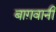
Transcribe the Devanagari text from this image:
बाग़वानी